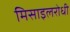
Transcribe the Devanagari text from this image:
मिसाइलरोधी